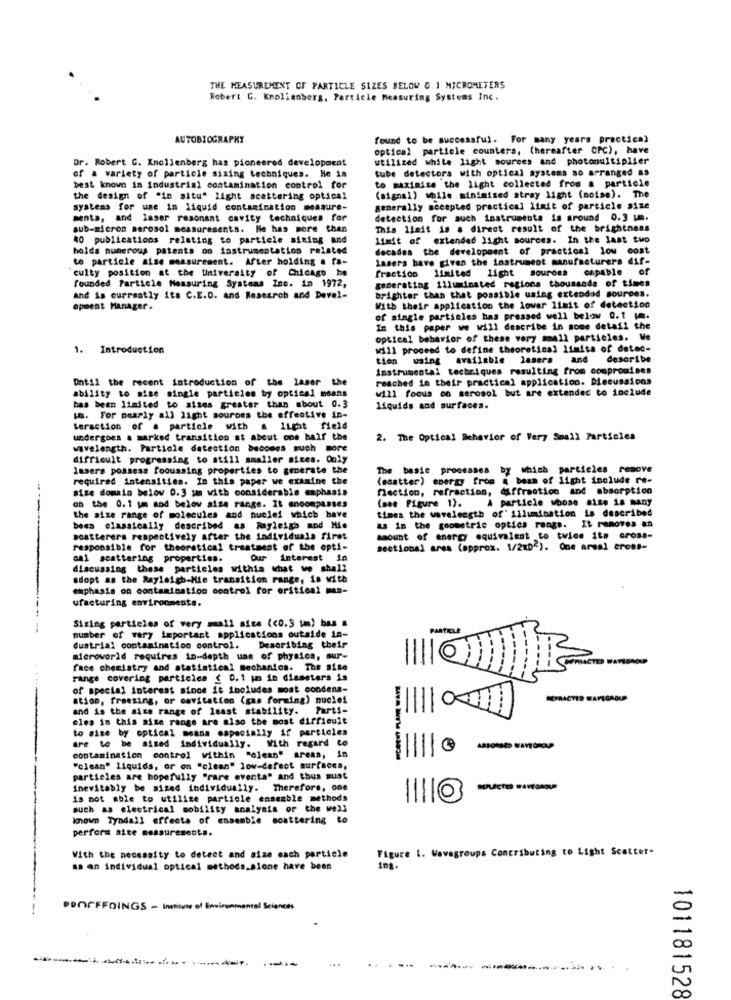
THE MEASUREMENT OF PARTICLE SIZES BELOW 0. 1 MICROMETERS
Robert G. Knollenbers, Particle Measuring Systems Inc.
AUTOBIOGRAPHY
found to be successful. For many years practical
optical particle counters, (hereafter OPC), have
Dr. Robert G. Knollenberg has pioneered development
utilized white light sources and photomultiplier
tube detectors with optical systems so arranged as
of a variety of particle sizing techniques. He in
best known in industrial contamination control for
to maximize the light collected from a particle
the design of "in situ" light acattering optical
(signal) while minimized stray light (noise). The
systems for use in liquid contamination measure-
generally accepted practical limit of particle size
ments, and laser resonant cavity techniques for
detection for auch instruments is around 0.3 um.
sub-micron aerosol measurements. He has more than
This limit is a direct result of the brightness
40 publications relating to particle sizing and
limit of extended light sources. In the last two
holds numerous patents oo instrumentation related
decades the development of practical low cost
to particle aise measurement. After holding a fa-
Lasers have given the instrument manufacturers dif-
culty position at the University of Chicago he
fraction limited light sources capable of
founded Particle Measuring Systems Inc. in 1972,
generating illuminated regions thousands of times
and is currently its C.E.O. and Research and Devel-
brighter than that possible using extendad sources.
opment Manager.
With their application the lovar limit of detection
of single particles has pressed well below 0.1 .
In this paper we will describe in some detail the
optical behavior of these very small particles. We
1. Introduction
M111 proceed to define theoretical limits of detec-
tion using available lasera and describe
Instrumental techniques resulting from compromises
Until the recent introduction of the Laser the
reached in their practical application. Discussions
ability to aise single particles by optical means
will focus on aerosol but are extended to include
has been limited to sizes greater than about 0.3
liquids and surfaces.
um. For nearly all light sources the effective in-
Leraction of . particle with a light field
undergoes a marked transition at about one half the
2. The Optical Behavior of Very Small Particles
wavelength. Particle detection becomes much more
difficult progressing to still smaller sices. Only
lasers possess focussing properties to generate the
The basic processes by which particles remove
required intensities. In this paper we examine the
(scatter) energy from & beam of light include re-
size domain below 0.3 um with considerable emphasis
fection, refraction, diffraction and absorption
(see Figure 1). A particle whose size is many
on the 0.1 pm and below aise range. It encompasses
times the wavelength of' illumination is described
the size range of molecules and nuclei which have
been classically described as Rayleigh and Mie
&s in the geometric optics range. It removes an
scatterers respectively after the individuals first
amount of energy equivalent to twice its cross-
responsible for theoretical treatment of the opti-
sectional area (approx. 1/2102). One areal cross-
cal scattering properties.
Our interest in
-
discussing these particles withis what we shall
adopt as the Rayleigh-Mie transition range, is with
emphasis on contamination control for oritical man-
ufacturing environments.
Sizing particles of very mall size (<0.5 m) bas
PARTICLE
number of very important applications outside in-
dustrial contamination control. Describing their
aleroworld requires in-depth uss of physics, sur-
face chemistry and statistical mechanics. The aise
IIIIa
range covering particica ( 0.1 ; in diameters is
of special interest since it includes most condens-
ation, freezing, or cavitation (gas forming) nuclei
and is the size range of least stability. Parti-
eles in this size range are also the most difficult
to size by optical means especially if particles
are to be sized individually. With regard to
contamination control within "clean" areas, in
"clean" liquids, or on "clean" low-defect surfaces,
particles are hopefully "rare events" and thus must
inevitably be sized individually. Therefore, one
---
is not able to utilize particle ensemble methods
such as electrical mobility analysis or the well
known Tyndall effects of ensemble scattering to
perform atte measurements.
Figure 1. Wavagroups Contributing to Light Scatter-
With the necessity to detect and size each particle
as an individual optical methods.alone have been
POOPFFOINGS - Instivie of Environmental Sciences
--
101181528